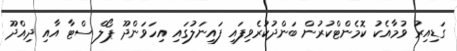
ގަޑިއިރު ވުމާއެކު ކޮމެންޓްކުރުން ބަންދުކުރެވިފައި ފައިނަލުގައި އިހަވަންދޫ ޕޯލް ސްޓާ އާއި ދިއްދޫ